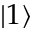
\left| 1 \right\rangle